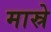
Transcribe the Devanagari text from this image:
मास्रे